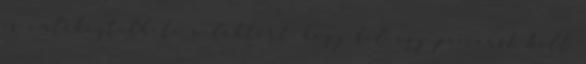
is emlékeztetheti a doktort, hogy fel egy pácienst kell